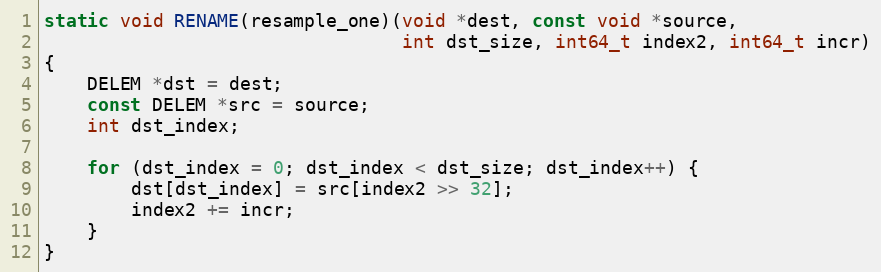
Language: C
static void RENAME(resample_one)(void *dest, const void *source,
                                 int dst_size, int64_t index2, int64_t incr)
{
    DELEM *dst = dest;
    const DELEM *src = source;
    int dst_index;

    for (dst_index = 0; dst_index < dst_size; dst_index++) {
        dst[dst_index] = src[index2 >> 32];
        index2 += incr;
    }
}